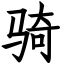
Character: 骑